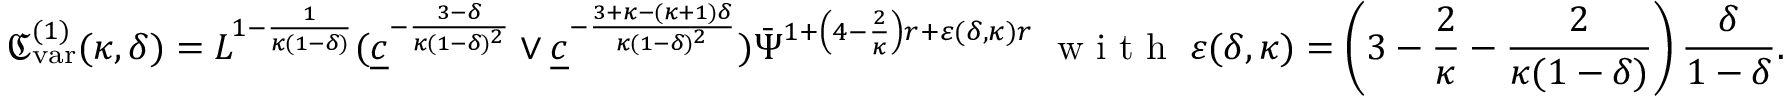
\mathfrak { C _ { \mathrm { v a r } } ^ { ( 1 ) } } ( \kappa , \delta ) = L ^ { 1 - \frac { 1 } { \kappa ( 1 - \delta ) } } ( \underline { { c } } ^ { - \frac { 3 - \delta } { \kappa ( 1 - \delta ) ^ { 2 } } } \vee \underline { { c } } ^ { - \frac { 3 + \kappa - ( \kappa + 1 ) \delta } { \kappa ( 1 - \delta ) ^ { 2 } } } ) \bar { \Psi } ^ { 1 + \left( 4 - \frac { 2 } { \kappa } \right) r + \varepsilon ( \delta , \kappa ) r } \; \textnormal { w i t h } \; \varepsilon ( \delta , \kappa ) = \left( 3 - \frac { 2 } { \kappa } - \frac { 2 } { \kappa ( 1 - \delta ) } \right) \frac { \delta } { 1 - \delta } .